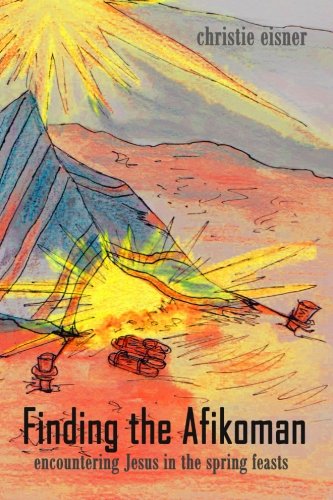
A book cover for Finding The Afikoman: Encountering Jesus in the Spring Feasts (Volume 1); Christie Eisner; Christian Books & Bibles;